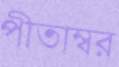
পীতাম্বর